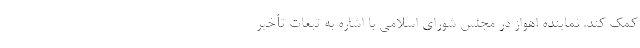
کمک کند. نماینده اهواز در مجلس شورای اسلامی با اشاره به تبعات تأخیر